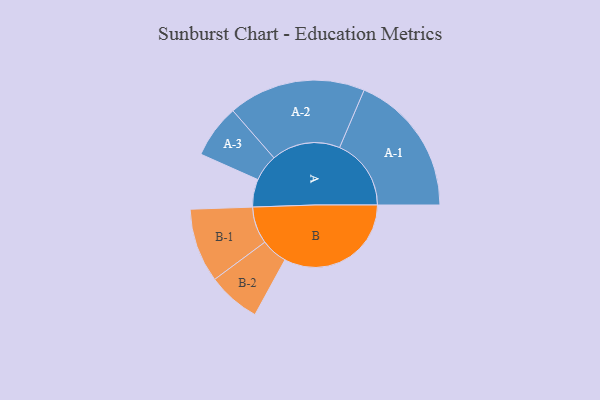
{"axis": {"x": "Segment", "y": "Value"}, "legend": ["", "A", "B"], "data": [{"x": "A", "y": 107, "type": ""}, {"x": "B", "y": 490, "type": ""}, {"x": "A-1", "y": 276, "type": "A"}, {"x": "A-2", "y": 265, "type": "A"}, {"x": "A-3", "y": 103, "type": "A"}, {"x": "B-1", "y": 143, "type": "B"}, {"x": "B-2", "y": 102, "type": "B"}]}